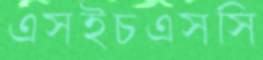
এসইচএসসি